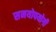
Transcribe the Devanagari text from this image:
समयोपयोगी